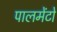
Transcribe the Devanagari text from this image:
पालमेंटो